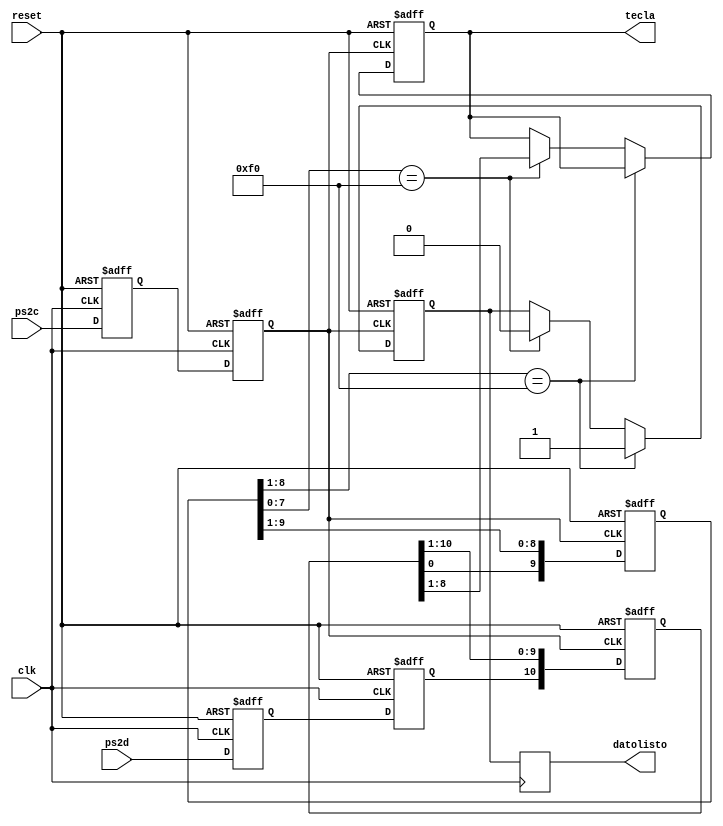
`timescale 1ns / 1ps
//////////////////////////////////////////////////////////////////////////////////
// Company: Instituto Tecnolgico de Costa Rica
// Engineer: 
// 
// Design Name: 
// Module Name:    detector 
// Project Name: 
// Target Devices: 
// Tool versions: 
// Description: 
//
// Dependencies: 
//
// Revision: 
// Revision 0.01 - File Created
// Additional Comments: 
//
//////////////////////////////////////////////////////////////////////////////////
module detector(
	input reset, clk, ps2d, ps2c,
	output reg datolisto, //flanco negado para leer 
	output reg [7:0] tecla
    );
// ------------------------------------------------------------------------
// -- Declarar seales
// ------------------------------------------------------------------------
reg ps2daux, ps2caux;
reg datoff1, datoff2;
reg [10:0] ShiftReg1;
reg [10:1] ShiftReg2;
reg datolistotemp;
// ------------------------------------------------------------------------
// -- Implementacion
// ------------------------------------------------------------------------
// --Flip Flops para condicionar las seales del ps2--
always @ (posedge clk or posedge reset)
begin
	if (reset == 1) 
	begin
		datoff1 <= 0;
		datoff2 <= 0; 
		ps2daux <= 0; 
		ps2caux <= 0;
	end 
	else 
	begin
		datoff1 <= ps2d; 
		ps2daux <= datoff1; 
		datoff2 <= ps2c; 
		ps2caux <= datoff2;
	end
end
// --Desplazamiento de los datos entrantes--
always @(negedge ps2caux or posedge reset)
begin
	if (reset == 1) 
	begin
		ShiftReg1 <= 11'b00000000000;
		ShiftReg2 <= 10'b0000000000;
	end 
	else 
	begin
		ShiftReg1[10:0] <= {ps2daux, ShiftReg1[10:1]};
		ShiftReg2[10:1] <= {ShiftReg1[0],ShiftReg2[10:2]};
	end
end
// --Deteccin de dato y F0
always @(posedge reset or posedge ps2caux)
begin
	if(reset == 1) 
	begin
		tecla <= 8'b00000000;
		datolistotemp <= 0;
	end 
	else if (ShiftReg2[9:2] == 8'hf0) 
	begin
		tecla <= tecla;
		datolistotemp <= 1;
	end 
	else if (ShiftReg2[8:1] == 8'hf0) 
	begin
	tecla <= ShiftReg1[8:1];
	datolistotemp <= 0;
	end
end

always @(negedge clk)
datolisto <= datolistotemp;

endmodule